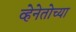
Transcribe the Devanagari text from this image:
व्हेनेतोच्या